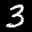
Label: 3